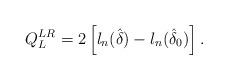
LaTeX: \begin{align*}Q_{L}^{LR}= 2\left[ l_n(\hat{\delta})-l_n(\hat{\delta}_{0}) \right].\end{align*}